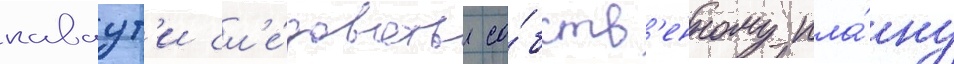
каваут'и сл'е́довать со́бств'енному пла́ну